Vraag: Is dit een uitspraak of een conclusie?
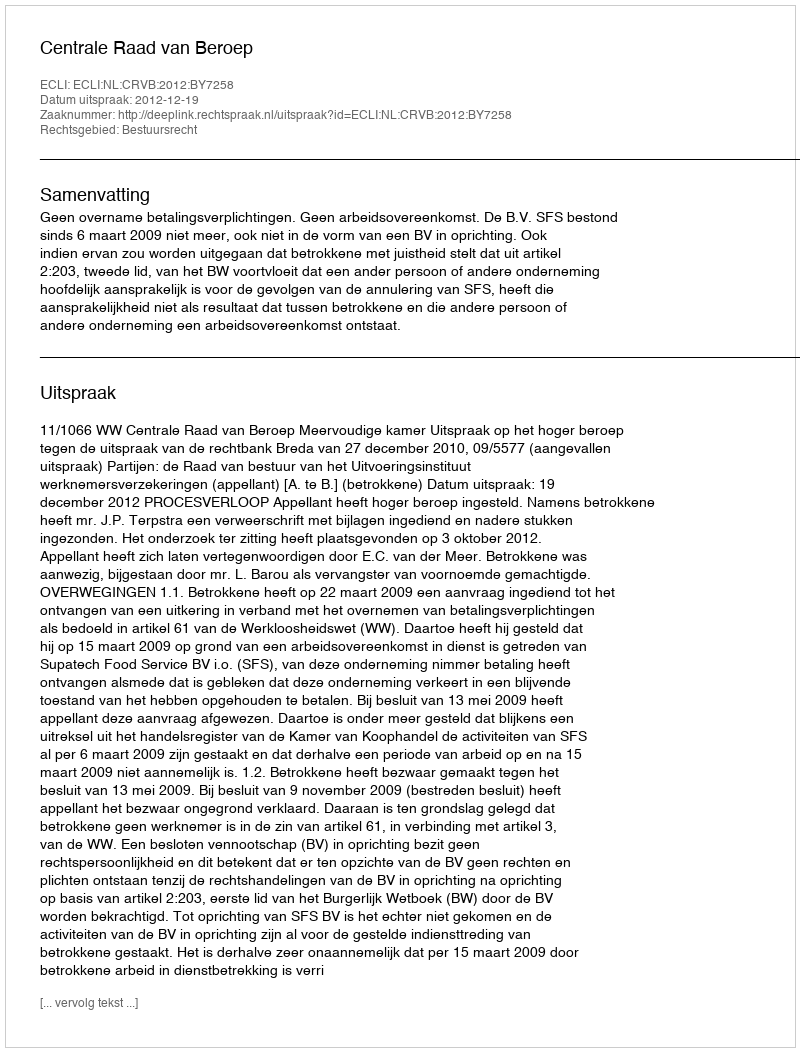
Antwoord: Uitspraak